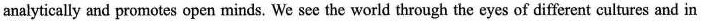
analytically and promotes open minds. We see the world through the eyes of different cultures and in